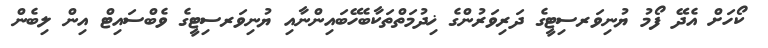
ކޯހަށް އެދޭ ފޯމު ޔުނިވަރސިޓީގެ ދަރިވަރުންގެ ޚިދުމަތްތަކާބެހޭބައިންނާއި ޔުނިވަރސިޓީގެ ވެބްސައިޓް އިން ލިބެން